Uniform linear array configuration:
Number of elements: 8
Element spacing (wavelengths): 0.25
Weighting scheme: cosine
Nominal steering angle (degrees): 45
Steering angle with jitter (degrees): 46.146
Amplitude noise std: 0.05
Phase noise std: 0.05

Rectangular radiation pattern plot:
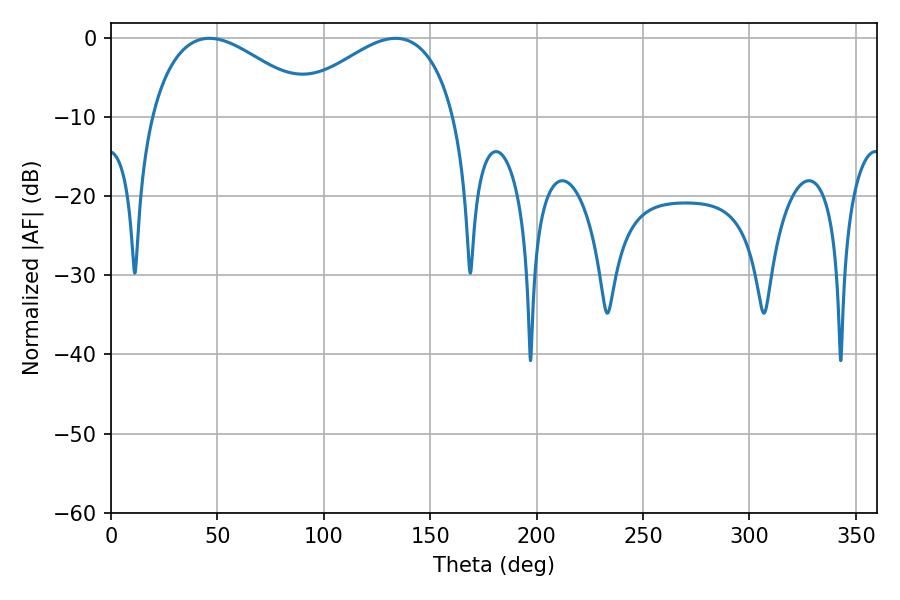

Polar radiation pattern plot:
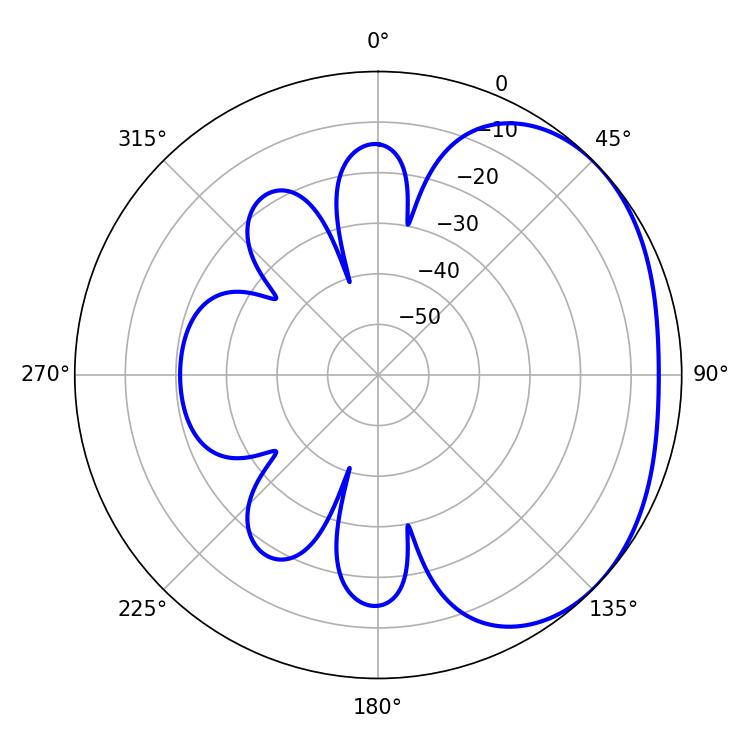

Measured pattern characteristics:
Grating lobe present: FALSE
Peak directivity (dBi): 2.319
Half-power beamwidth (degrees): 42.66
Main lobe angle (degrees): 46.26